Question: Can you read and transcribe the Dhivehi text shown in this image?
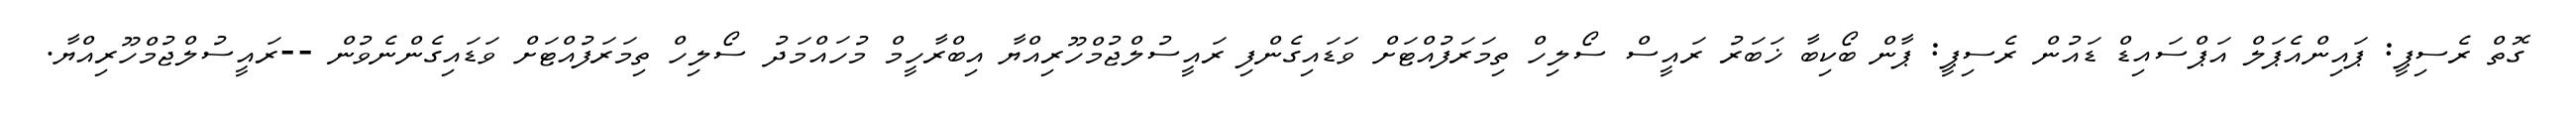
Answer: ގޮތް ރެސިޕީ: ޕައިންއެޕަލް އަޕްސައިޑް ޑައުން ރެސިޕީ: ޕާން ބޯކިބާ ޚަބަރު ރައީސް ސޯލިހް ތިމަރަފުއްޓަށް ވަޑައިގެންފި ރައީސުލްޖުމްހޫރިއްޔާ އިބްރާހީމް މުހައްމަދު ސޯލިހް ތިމަރަފުއްޓަށް ވަޑައިގެންނެވުން --ރައީސުލްޖުމްހޫރިއްޔާ.